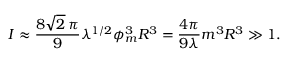
I \approx { \frac { 8 \sqrt { 2 } \, \pi } { 9 } } \lambda ^ { 1 / 2 } \phi _ { m } ^ { 3 } R ^ { 3 } = { \frac { 4 \pi } { 9 \lambda } } m ^ { 3 } R ^ { 3 } \gg 1 .